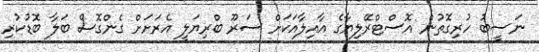
ނަސީބު ހުރިގޮތުން އޮސްޓްރޭލިޔާގެ އާއިލާއަކަށް ސަރޫ ބްރިޔަލީ އެރަށަށް ގެންގޮސް ބަލާ ބޮޑުކުރި